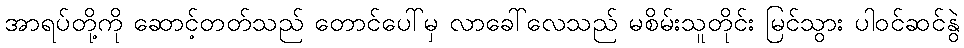
အာရပ်တို့ကို ဆောင့်တတ်သည် တောင်ပေါ်မှ လာခေါ်လေသည် မစိမ်းသူတိုင်း မြင်သွား ပါဝင်ဆင်နွဲ